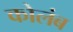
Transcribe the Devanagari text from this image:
कोलंब